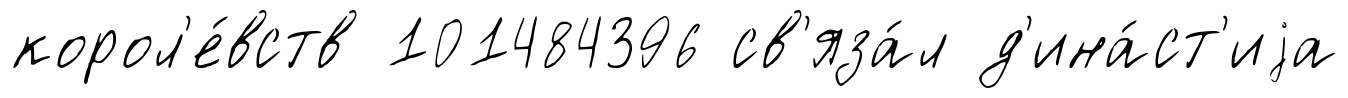
корол'е́вств 101484396 св'яза́л д'ина́ст'иjа